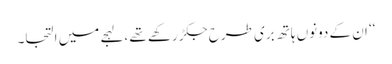
‘‘ ان کے دونوں ہاتھ بری طرح جکڑ رکھے تھے ،لہجے میں التجا۔